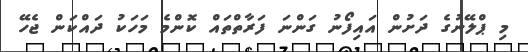
މި ޕްލޭނުގެ ދަށުން އައިފޯނު ގަންނަ ފަރާތްތައް ކޮންމެ މަހަކު ދައްކަން ޖެހޭ